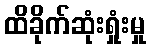
ထိခိုက်ဆုံးရှုံးမှု